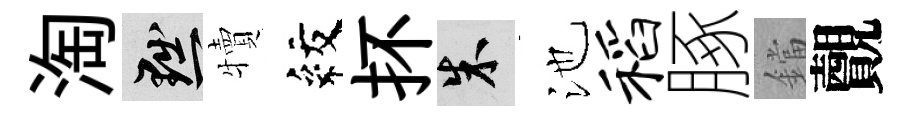
淘黜犢紋抔朱池稻䐁鐺覿